Scottish Leaving Certificate Examination, 1961
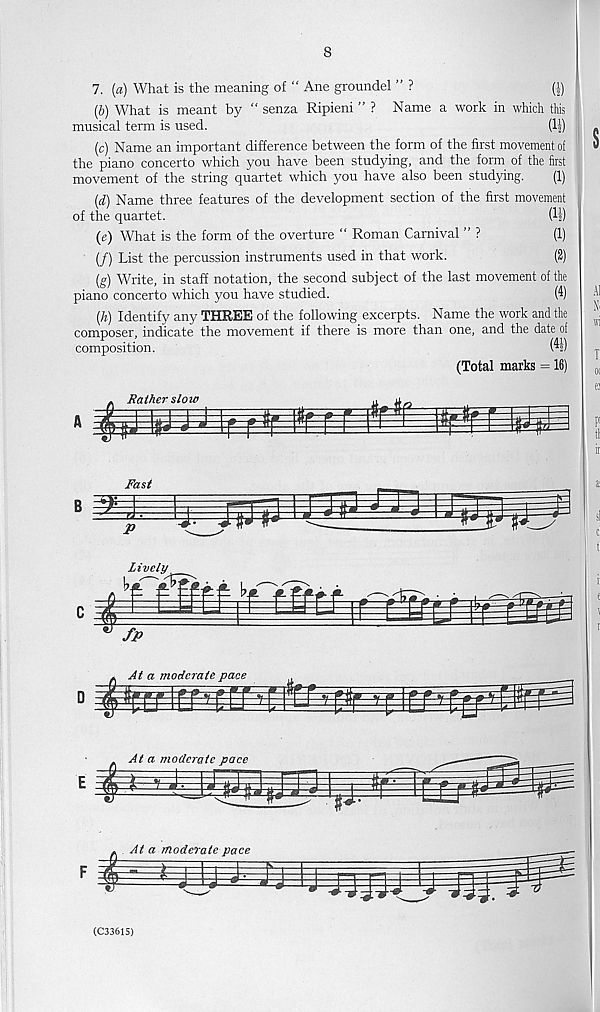
8
7. {a) What is the meaning of “ Ane groundel ” ?
(•')
(b) What is meant by “ senza Ripieni ” ? Name a work in which this
musical term is used.
(1|)
(c) Name an important difference between the form of the first movement of
the piano concerto which you have been studying, and the form of the first
movement of the string quartet which you have also been studying.
(1)
(d) Name three features of the development section of the first movement
of the quartet.
(4)
(e) What is the form of the overture “ Roman Carnival ” ?
(1)
(/) List the percussion instruments used in that work.
(2)
(g) Write, in staff notation, the second subject of the last movement of the
piano concerto which you have studied.
(4)
(h) Identify any THREE of the following excerpts. Name the work and the
composer, indicate the movement if there is more than one, and the date of
composition.
(^1)
(Total marks = 16)
(C33615)